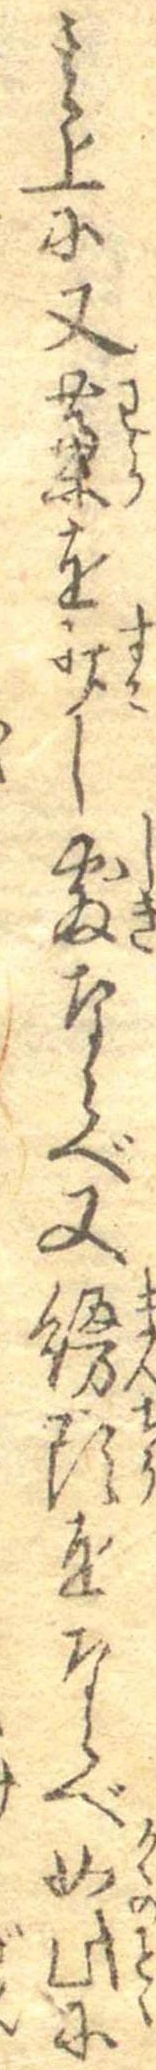
其上に又藁を少し敷ならべ又饅頭をならべ如此に